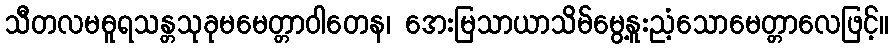
သီတလမဓူရသန္တသုခုမမေတ္တာဝါတေန၊ အေးမြသာယာသိမ်မွေ့နူးညံ့သောမေတ္တာလေဖြင့်။